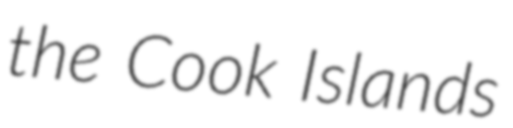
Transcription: the Cook Islands